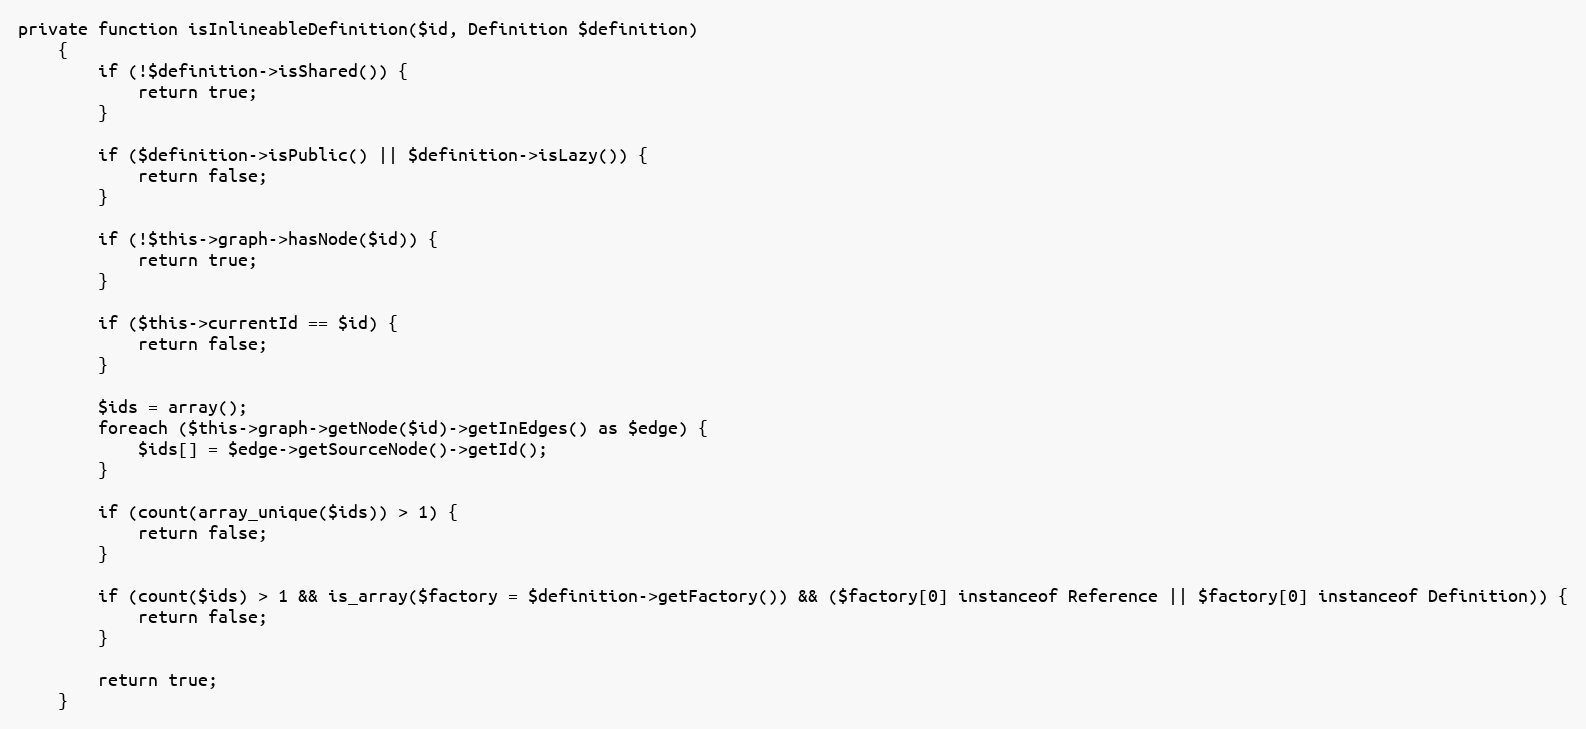
Language: PHP
private function isInlineableDefinition($id, Definition $definition)
    {
        if (!$definition->isShared()) {
            return true;
        }

        if ($definition->isPublic() || $definition->isLazy()) {
            return false;
        }

        if (!$this->graph->hasNode($id)) {
            return true;
        }

        if ($this->currentId == $id) {
            return false;
        }

        $ids = array();
        foreach ($this->graph->getNode($id)->getInEdges() as $edge) {
            $ids[] = $edge->getSourceNode()->getId();
        }

        if (count(array_unique($ids)) > 1) {
            return false;
        }

        if (count($ids) > 1 && is_array($factory = $definition->getFactory()) && ($factory[0] instanceof Reference || $factory[0] instanceof Definition)) {
            return false;
        }

        return true;
    }